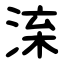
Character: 㳿